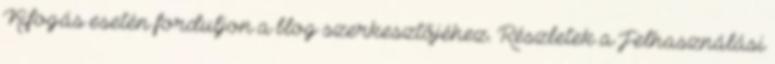
Kifogás esetén forduljon a blog szerkesztőjéhez. Részletek a Felhasználási